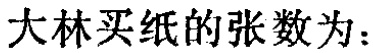
大林买纸的张数为：